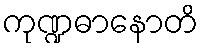
ကုဏ္ဍဓာနောတိ